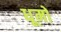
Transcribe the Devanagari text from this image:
धूमों